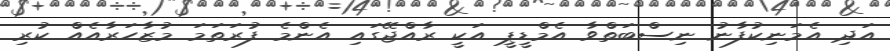
އަދި އެމަނިކުފާނު ނިސްބަތްވާ އެމްޑީޕީ އަކީ ރާއްޖޭގައި އެންމެ ފުރަތަމަ މުޒާހަރާއެއް ކުރި